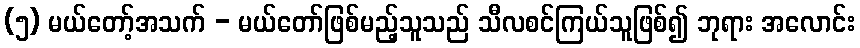
(၅) မယ်တော့်အသက် - မယ်တော်ဖြစ်မည့်သူသည် သီလစင်ကြယ်သူဖြစ်၍ ဘုရား အလောင်း